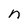
Character: n